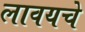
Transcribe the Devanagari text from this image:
लावयचे